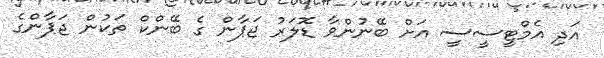
އަދި އެމްޓީސީސީ އަށް ބޭނުންވާ ޑޮލަރު ޖަޕާން ގެ ބޭންކް ތަކުން ޖަޕާންގެ